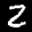
Label: 2